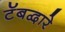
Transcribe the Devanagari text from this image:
टॅबद्वारे